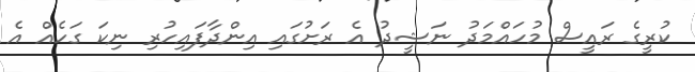
ކުރީގެ ރައީސް މުހައްމަދު ނަޝީދު އެ ރަށުގައި އިންދާފައިހުރި ނިކަ ގަހެއް އެ